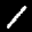
Label: 1